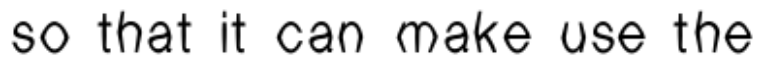
so that it can make use the